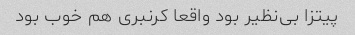
پیتزا بی‌نظیر بود واقعا کرنبری هم خوب بود